Insane asylums in Bengal annual reports 1876-1887 - 1876-1887
Year: 1876
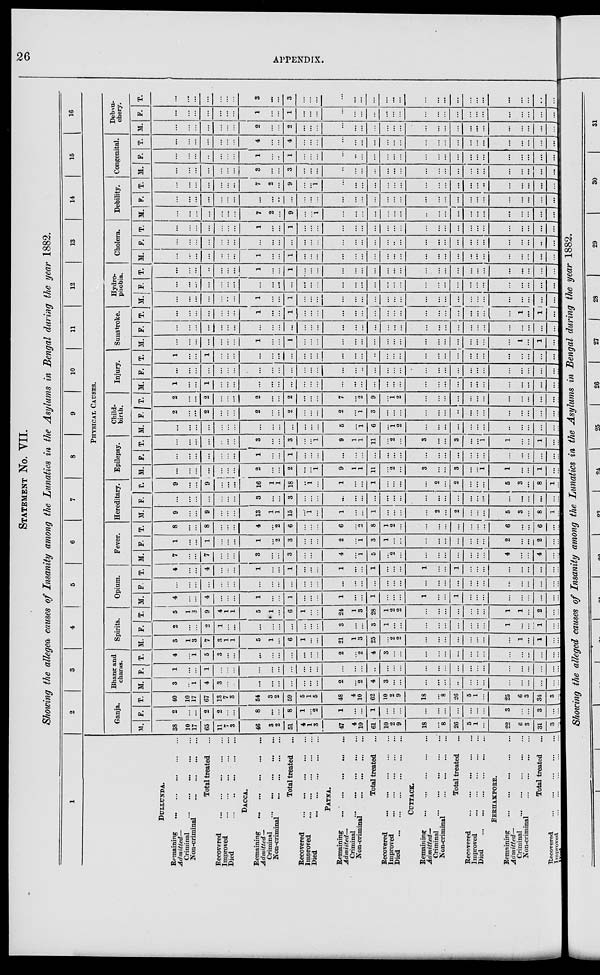
26
APPENDIX.
STATEMENT No. VII.
Showing the alleged causes of Insanity among the Lunatics in the Asylums in Bengal during the year 1882.
1
DULLUNDA.
Remaining
...
...
...
...
...
Admitted—
Criminal ... ... ... ... ...
Non-criminal
...
...
...
...
Total treated
...
Recovered
... ... ... ... ...
Improved ... ... ... ... ...
Died
...
...
...
...
...
DACCA.
Remaining
...
...
...
...
...
Admitted—
Criminal ... ... ... ... ...
Non-criminal ... ... ... ...
Total treated ...
Recovered ... ... ... ... ...
Improved ... ... ... ... ...
Died
...
...
...
...
...
PATNA.
Remaining ... ... ... ... ...
Admitted—
Criminal ... ... ... ... ...
Non-criminal ... ... ... ...
Total treated ...
Recovered ... ... ... ... ...
Improved ... ... ... ... ...
Died
...
...
...
...
...
...
CUTTACK.
Remaining ... ... ... ... ...
Admitted—
Criminal ... ... ... ... ...
Non-criminal
...
...
...
...
Total treated ...
Recovered ... ... ... ... ...
Improved ... ... ... ... ...
Died
...
...
...
...
...
...
BERHAMPORE.
Remaining
...
...
...
...
...
Admitted—
Criminal ... ... ... ... ...
Non-criminal
...
...
...
...
Total treated ...
Recovered ... ... ... ... ...
Improved ... ... ... ...
Died ... ... ... ... ... ...
2
3
4
5
6
7
8
9
10
11
12
13
14
15
16
PHYSICAL CAUSES.
Ganja.
M.
38
10
17
65
11
7
3
46
3
2
51
4
1
3
47
4
10
61
10
2
9
18
...
8
26
5
1
...
22
6
3
31
3
...
...
F.
2
...
...
2
2
...
...
8
...
...
8
1
...
2
1
...
...
1
...
...
...
...
...
...
...
...
...
...
3
...
...
3
...
...
...
T.
40
10
17
67
13
7
3
54
3
2
59
5
1
5
48
4
10
62
10
2
9
18
...
8
26
5
1
...
25
6
3
34
3
...
...
Bhang and
charas.
M.
3
...
1
4
3
...
...
...
...
...
...
...
...
...
2
...
2
4
3
...
...
...
...
...
...
...
...
...
...
...
...
...
...
...
...
F.
1
...
...
1
...
...
...
...
...
...
...
...
...
...
...
...
...
...
...
...
...
...
...
...
...
...
...
...
...
...
...
...
...
...
...
T.
4
...
1
5
3
...
...
...
...
...
...
...
...
...
2
...
2
4
3
...
...
...
...
...
...
...
...
...
...
...
...
...
...
...
Spirits.
M.
3
1
3
7
3
1
1
5
1
...
6
1
...
...
21
1
3
25
...
2
2
...
...
...
...
...
...
...
...
1
...
1
...
...
...
F.
2
...
...
2
1
...
...
...
...
...
...
...
...
...
3
...
...
3
1
...
...
...
...
...
...
...
...
...
1
...
...
1
...
...
...
T.
5
1
3
9
4
1
1
5
1
...
6
1
...
...
24
1
3
28
1
2
2
...
...
...
...
...
...
...
1
1
...
2
...
...
...
Opium.
M.
4
...
...
4
...
...
...
1
...
...
1
...
...
...
1
...
...
1
...
...
...
1
...
...
1
...
...
...
...
...
...
...
...
...
...
F.
...
...
...
...
...
...
...
...
...
...
...
...
...
...
...
...
...
...
...
...
...
...
...
...
...
...
...
...
...
...
...
...
...
...
...
T.
4
...
...
4
...
...
...
1
...
...
1
...
...
...
1
...
...
1
...
...
...
1
...
...
1
...
...
...
...
...
...
...
...
...
...
Fever.
M.
7
...
...
7
...
...
...
3
...
...
3
...
...
...
4
...
1
5
...
2
...
...
...
...
...
...
...
...
4
...
...
4
...
...
...
F.
1
...
...
1
...
...
...
1
...
2
3
...
...
...
2
...
1
3
1
...
...
...
...
...
...
...
...
...
2
...
...
2
...
...
...
T.
8
...
...
8
...
...
...
4
...
2
6
...
...
...
6
...
2
8
1
2
...
...
...
...
...
...
...
...
6
...
...
6
...
...
...
Hereditary.
M.
9
...
...
9
...
...
...
13
1
1
15
...
1
...
1
...
...
1
...
...
...
...
2
...
2
...
...
...
5
3
...
8
1
...
...
F.
...
...
...
...
...
...
...
3
...
...
3
...
...
...
...
...
...
...
...
...
...
...
...
...
...
...
...
...
...
...
...
...
...
...
...
T.
9
...
...
9
...
...
...
16
1
1
18
...
1
...
1
...
...
1
...
...
...
...
2
...
2
...
...
...
5
3
...
8
1
...
...
Epilepsy.
M.
...
...
...
...
...
...
...
2
...
...
2
...
...
1
9
1
1
11
...
2
...
3
...
...
3
...
...
1
1
...
...
1
...
...
...
F.
...
...
...
...
...
...
...
1
...
...
1
...
...
...
...
...
...
...
...
...
...
...
...
...
...
...
...
...
...
...
...
...
...
...
...
T.
...
...
...
...
...
...
...
3
...
...
3
...
...
1
9
1
1
11
...
2
...
3
...
...
3
...
...
1
1
...
...
1
...
...
...
Child-
birth.
M.
...
...
...
...
...
...
...
...
...
...
...
...
...
...
5
...
1
6
...
1
2
...
...
...
...
...
...
...
...
...
...
...
...
...
...
F.
2
...
...
2
...
...
...
2
...
...
2
...
...
...
2
...
1
3
...
...
...
...
...
...
...
...
...
...
...
...
...
...
...
...
...
T.
2
...
...
2
...
...
...
2
...
...
2
...
...
...
7
...
2
9
...
1
2
...
...
...
...
...
...
...
...
...
...
...
...
...
...
Injury.
M.
1
...
...
1
...
...
...
...
...
...
...
...
...
...
...
...
...
...
...
...
...
...
...
...
...
...
...
...
...
...
...
...
...
...
...
F.
...
...
...
...
...
...
...
...
...
...
...
...
...
...
...
...
...
...
...
...
...
...
...
...
...
...
...
...
...
...
...
...
...
...
...
T.
1
...
...
1
...
...
...
...
...
...
...
...
...
...
...
...
...
...
...
...
...
...
...
...
...
...
...
...
...
...
...
...
...
...
...
Sunstroke.
M.
...
...
...
...
...
...
...
1
...
...
1
...
...
...
...
...
...
...
...
...
...
...
...
...
...
...
...
...
...
1
...
1
...
...
...
F.
...
...
...
...
...
...
...
...
...
...
...
...
...
...
...
...
...
...
...
...
...
...
...
...
...
...
...
...
...
...
...
...
...
...
...
T.
...
...
...
...
...
...
...
1
...
...
1
...
...
...
...
...
...
...
...
...
...
...
...
...
...
...
...
...
...
1
...
1
...
...
...
Hydro-
phobia.
M.
...
...
...
...
...
...
...
1
...
...
1
...
...
...
...
...
...
...
...
...
...
...
...
...
...
...
...
...
...
...
...
...
...
...
...
F.
...
...
...
...
...
...
...
...
...
...
...
...
...
...
...
...
...
...
...
...
...
...
...
...
...
...
...
...
...
...
...
...
...
...
...
T.
...
...
...
..
...
...
...
1
...
...
1
...
...
...
...
...
...
...
...
...
...
...
...
...
...
...
...
...
...
...
...
...
...
...
...
Cholera.
M.
...
...
...
...
...
...
...
1
...
...
1
...
...
...
...
...
...
...
...
...
...
...
...
...
...
...
...
...
...
...
...
...
...
...
...
F.
...
...
...
...
...
...
...
...
...
...
...
...
...
...
...
...
...
...
...
...
...
...
...
...
...
...
...
...
...
...
...
...
...
...
...
T.
...
...
...
...
...
...
...
1
...
...
1
...
...
...
...
...
...
...
...
...
...
...
...
...
...
...
...
...
...
...
...
...
...
...
...
Debility.
M.
...
...
...
...
...
...
...
7
2
...
9
...
...
1
...
...
...
...
...
...
...
...
...
...
...
...
...
...
...
...
...
...
...
...
...
F.
...
...
...
...
...
...
...
...
...
...
...
...
...
...
...
...
...
...
...
...
...
...
...
...
...
...
...
...
...
...
...
...
...
...
...
T.
...
...
...
...
...
...
...
7
2
...
9
...
...
1
...
...
...
...
...
...
...
...
...
...
...
...
...
...
...
...
...
...
...
...
...
Congenital.
M.
...
...
...
...
...
...
...
3
...
...
3
...
...
...
...
...
...
...
...
...
...
...
...
...
...
...
...
...
...
...
...
...
...
...
...
F.
...
...
...
...
...
...
...
1
...
...
1
...
...
...
...
...
...
...
...
...
...
...
...
...
...
...
...
...
...
...
...
...
...
...
...
T.
...
...
...
...
...
...
...
4
...
...
4
...
...
...
...
...
...
...
...
...
...
...
...
...
...
...
...
...
...
...
...
...
...
...
...
Debau-
chery.
M.
...
...
...
...
...
...
...
2
...
...
2
...
...
...
...
...
...
...
...
...
...
...
...
...
...
...
...
...
...
...
...
...
...
...
...
F.
...
...
...
...
...
...
...
1
...
...
1
...
...
...
...
...
...
...
...
...
...
...
...
...
...
...
...
...
...
...
...
...
...
...
...
T.
...
...
...
...
...
...
...
3
...
...
3
...
...
...
...
...
...
...
...
...
...
...
...
...
...
...
...
...
...
...
...
...
...
...
...